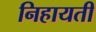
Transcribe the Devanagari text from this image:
निहायती